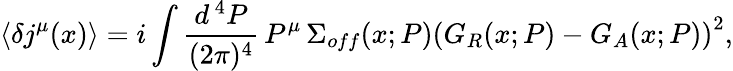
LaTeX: \langle\delta j^{\mu}(x)\rangle=i\int\frac{d^{\, 4}P}{(2\pi)^{4}}\, P^{\mu}\, \Sigma_{off}(x;P)\left(G_{R}(x;P)-G_{A}(x;P)\right)^{2},